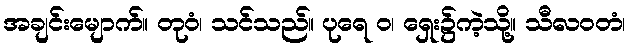
အချင်းမျောက်။ တုဝံ၊ သင်သည်။ ပုရေ ဝ၊ ရှေး၌ကဲ့သို့။ သီလဝတံ၊